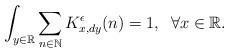
LaTeX: \begin{align*}\int_{y\in\mathbb{R}}\sum_{n\in \mathbb{N}} K^{\epsilon}_{x,dy}(n)=1, \;\;\forall x\in\mathbb{R}.\end{align*}